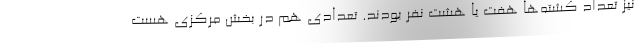
نیز تعداد کشته‌ها هفت یا هشت نفر بودند. تعدادی هم در بخش مرکزی هست